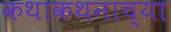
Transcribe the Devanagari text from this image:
कथाकथनाच्या